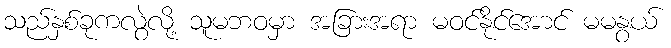
သည်နှစ်ခုကလွဲလို့ သူမဘဝမှာ အခြားအရာ မဝင်နိုင်အောင် မမနွယ်